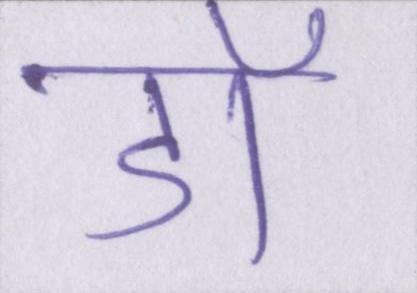
डॉ